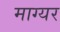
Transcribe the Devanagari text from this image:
माग्यर